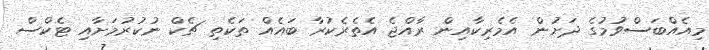
މިއެއްބަސްވުމުގެ ދަށުން އެމެރިކާއިން ރާއްޖެ އެތެރެކުރާ ބައެއް ތަކެތި ޗެކް ނުކުރުމަށާއި ޓެކްސް